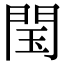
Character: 閠